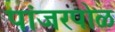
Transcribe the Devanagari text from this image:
पांजरपोळ